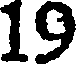
19